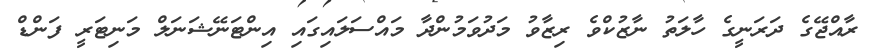
ރާއްޖޭގެ ދަރަނީގެ ހާލަތު ނާޒުކްވެ ރިޒާވު މަދުވަމުންދާ މައްސަލައިގައި އިންޓަނޭޝަނަލް މަނިޓަރީ ފަންޑް